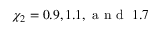
\chi _ { 2 } = 0 . 9 , 1 . 1 , \mathrm { ~ a ~ n ~ d ~ } ~ 1 . 7